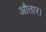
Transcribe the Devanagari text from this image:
औतार।